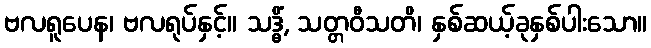
ဗလရူပေန၊ ဗလရုပ်နှင့်။ သဒ္ဓိံ, သတ္တဝီသတိ၊ နှစ်ဆယ့်ခုနှစ်ပါးသော။